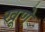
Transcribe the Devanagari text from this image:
खूणे